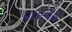
પાતગઢ